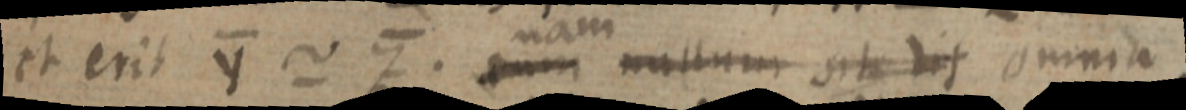
et erit Y ~ Z. cum nam nullum sit dit omnia.